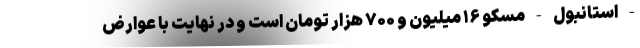
- استانبول - مسکو ۱۶ میلیون و ۷۰۰ هزار تومان است و در نهایت با عوارض